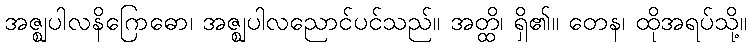
အဇ္ဈပါလနိဂြောဓော၊ အဇ္ဈပါလညောင်ပင်သည်။ အတ္ထိ၊ ရှိ၏။ တေန၊ ထိုအရပ်သို့။